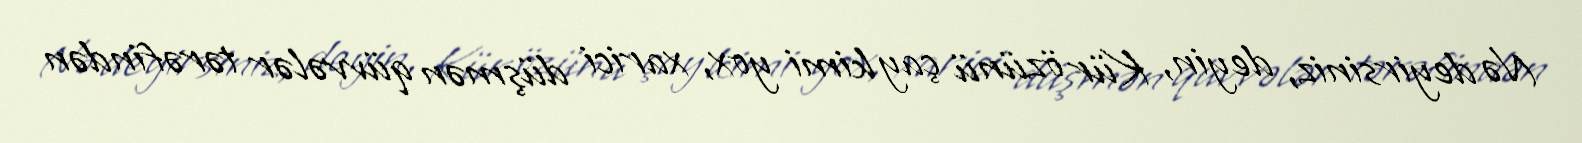
Nə deyirsiniz, deyin, Kür özünü çay kimi yox, xarici düşmən qüvvələr tərəfindən